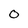
Character: 0